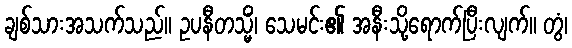
ချစ်သားအသက်သည်။ ဥပနီတသ္မိံ၊ သေမင်း၏ အနီးသို့ရောက်ပြီးလျက်။ တွံ၊